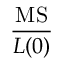
\frac { \mathrm { M S } } { L ( 0 ) }